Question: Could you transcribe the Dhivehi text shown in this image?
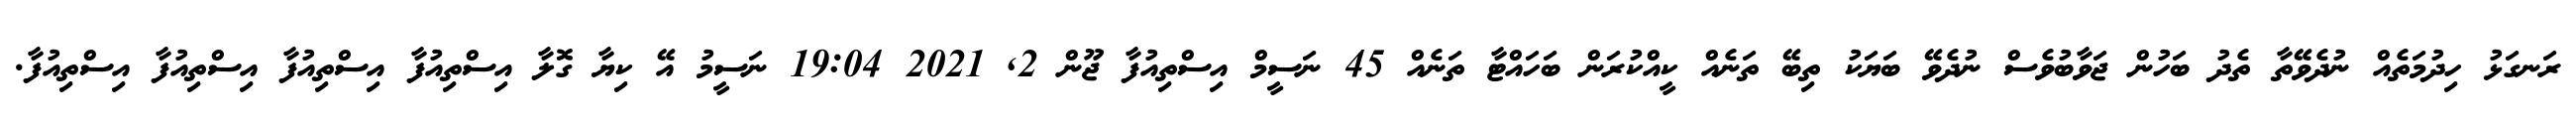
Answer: ރަނގަޅު ހިދުމަތެއް ނުދެވޭތާ ތެދު ބަހުން ޖަވާބުވެސް ނުދެވޭ ބަޔަކު ތިބޭ ތަނެއް ކީއްކުރަން ބަހައްޓާ ތަނެއް 45 ނަސީމް އިސްތިއުފާ ޖޫން 2, 2021 19:04 ނަސީމު އޭ ކިޔާ ގޮލާ އިސްތިއުފާ އިސްތިއުފާ އިސްތިއުފާ އިސްތިއުފާ.